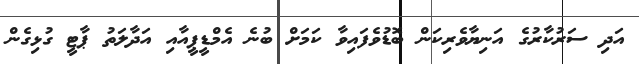
އަދި ސަރުކާރުގެ އަނިޔާވެރިކަން ބޮޑުވެފައިވާ ކަމަށް ބުނެ އެމްޑީޕީއާއި އަދާލަތު ޕާޓީ ގުޅިގެން